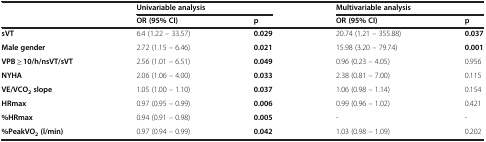
|  | <COLSPAN=2> Univariable analysis | <COLSPAN=2> Multivariable analysis |
 |  | OR (95% CI) | p | OR (95% CI) | p |
 | --- | --- | --- | --- | --- |
 | sVT | 6.4 (1.22 – 33.57) | 0.029 | 20.74 (1.21 – 355.88) | 0.037 |
 | Male gender | 2.72 (1.15 – 6.46) | 0.021 | 15.98 (3.20 – 79.74) | 0.001 |
 | VPB ≥ 10/h/nsVT/sVT | 2.56 (1.01 – 6.51) | 0.049 | 0.96 (0.23 – 4.05) | 0.956 |
 | NYHA | 2.06 (1.06 – 4.00) | 0.033 | 2.38 (0.81 – 7.00) | 0.115 |
 | VE/VCO2 slope | 1.05 (1.00 – 1.10) | 0.037 | 1.06 (0.98 – 1.14) | 0.154 |
 | HRmax | 0.97 (0.95 – 0.99) | 0.006 | 0.99 (0.96 – 1.02) | 0.421 |
 | %HRmax | 0.94 (0.91 – 0.98) | 0.005 | - | - |
 | %PeakVO2 (l/min) | 0.97 (0.94 – 0.99) | 0.042 | 1.03 (0.98 – 1.09) | 0.202 |